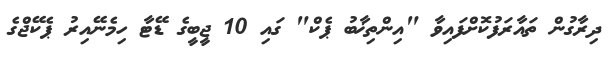
ދިރާގުން ތައާރަފުކޮށްފައިވާ "އިންތިޚާބު ޕެކް" ގައި 10 ޖީބީގެ ޑޭޓާ ހިމެނޭއިރު ޕެކޭޖްގެ